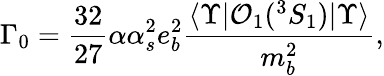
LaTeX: \Gamma_{0}=\frac{32}{27}\alpha\alpha_{s}^{2}e_{b}^{2}\frac{\langle\Upsilon\vert{\cal O}_{1}(^{3}S_{1})\vert\Upsilon\rangle}{m_{b}^{2}},